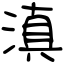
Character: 滇